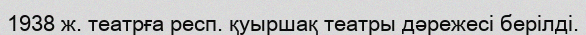
1938 ж. театрға респ. қуыршақ театры дәрежесі берілді.